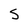
Character: S